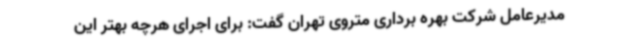
مدیرعامل شرکت بهره برداری متروی تهران گفت: برای اجرای هرچه بهتر این